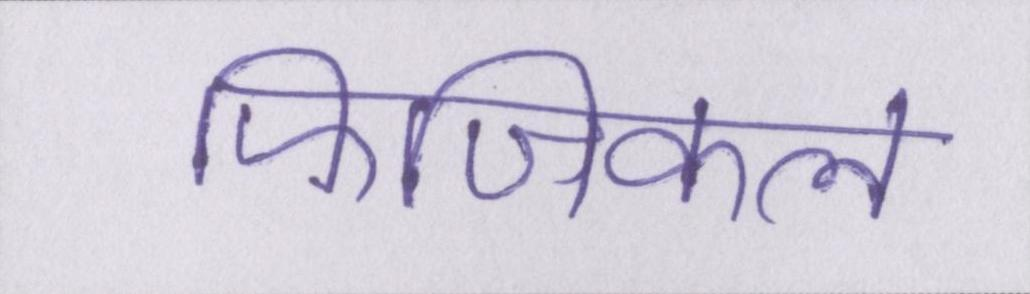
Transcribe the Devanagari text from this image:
फिजिकल